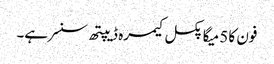
فون کا 5 میگا پکسل کیمرہ ڈیپتھ سنسر ہے۔